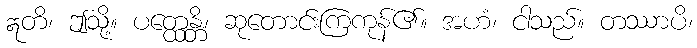
ဣတိ၊ ဤသို့။ ပတ္ထေန္တိ၊ ဆုတောင်းကြကုန်၏။ အဟံ၊ ငါသည်။ တဿာပိ၊